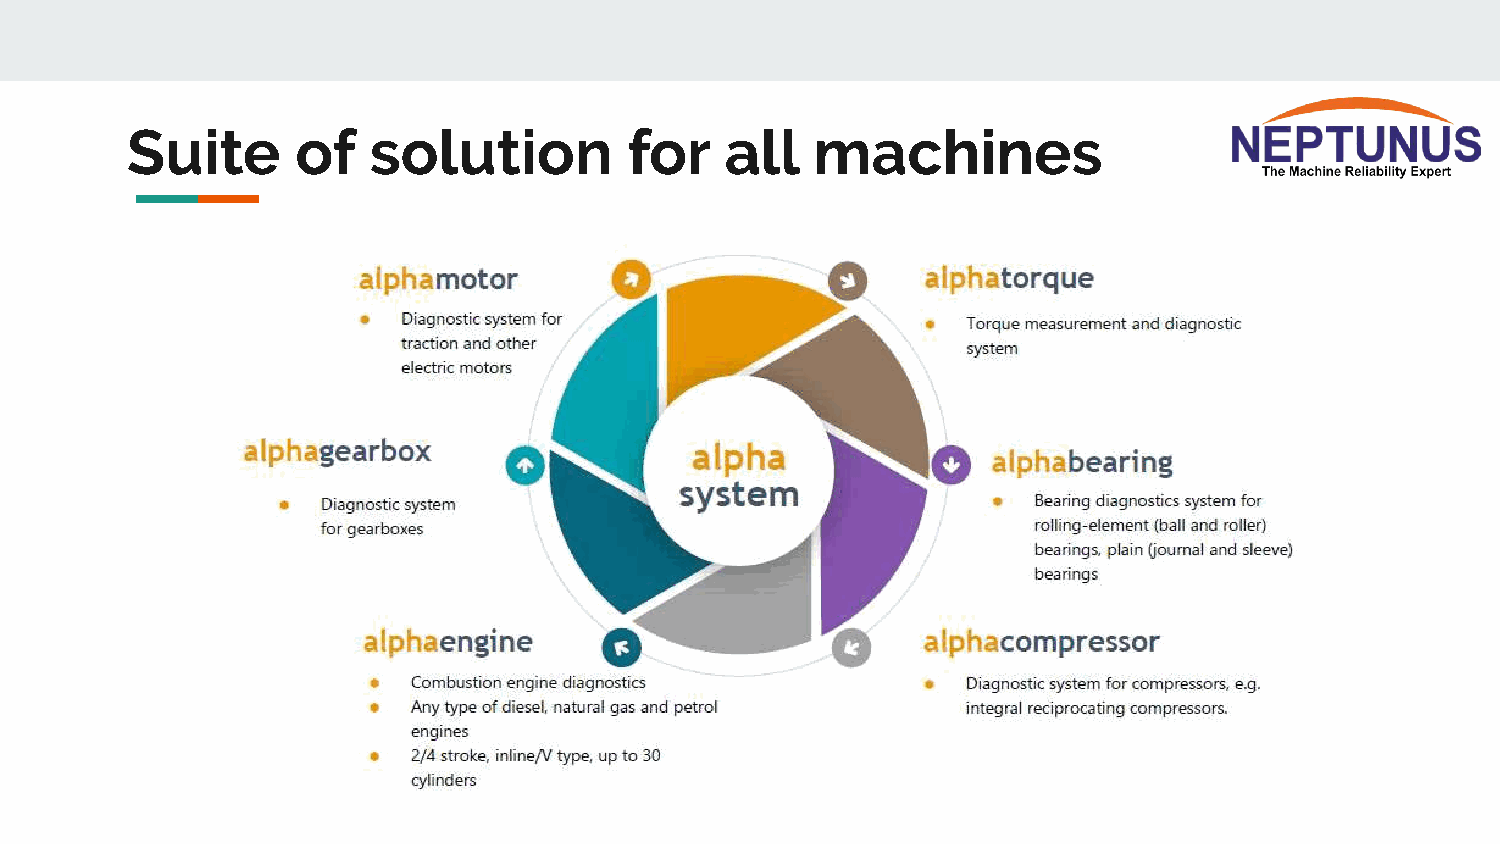
Suite       of  solution          for   all   machines